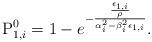
LaTeX: \begin{align*} \mathrm{P}_{1,i}^0 &= 1-e^{-\frac{\frac{\epsilon_{1,i}}{\rho}}{\alpha_i^2-\beta_i^2\epsilon_{1,i}}}. \end{align*}